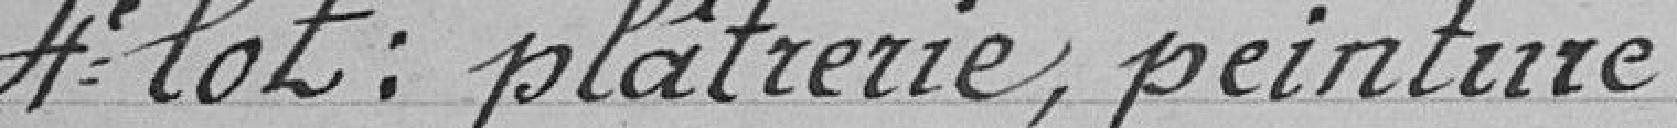
4ème lot : plâtrerie, peinture